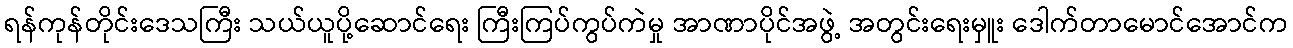
ရန်ကုန်တိုင်းဒေသကြီး သယ်ယူပို့ဆောင်ရေး ကြီးကြပ်ကွပ်ကဲမှု အာဏာပိုင်အဖွဲ့ အတွင်းရေးမှူး ဒေါက်တာမောင်အောင်က